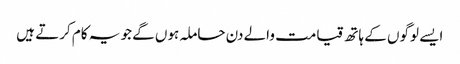
ایسے لوگوں کے ہاتھ قیامت والے دن حاملہ ہوں گے جو یہ کام کرتے ہیں